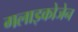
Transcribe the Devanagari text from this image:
गलाइकोजेन